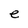
Character: e